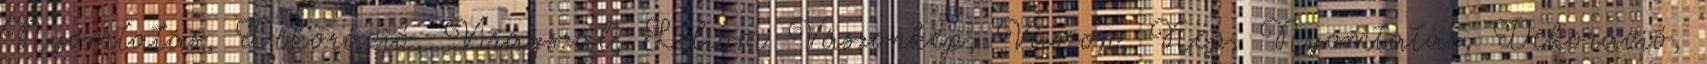
Nyomtatás, Dekoráció, Virágszál, Liliom Vászonkép, Vászon, Kép, Nyomtatás, Dekoráció,